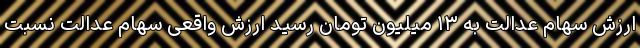
ارزش سهام عدالت به ۱۳ میلیون تومان رسید ارزش واقعی سهام عدالت نسبت